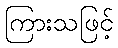
ကြားသဖြင့်